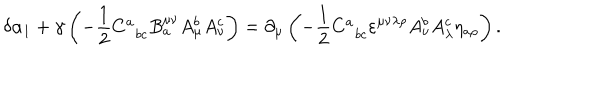
\delta \alpha _ { 1 } + \gamma \left( - \frac 1 2 C _ { \; \; b c } ^ { a } B _ { a } ^ { \mu \nu } A _ { \mu } ^ { b } A _ { \nu } ^ { c } \right) = \partial _ { \mu } \left( - \frac 1 2 C _ { \; \; b c } ^ { a } \varepsilon ^ { \mu \nu \lambda \rho } A _ { \nu } ^ { b } A _ { \lambda } ^ { c } \eta _ { a \rho } \right) .